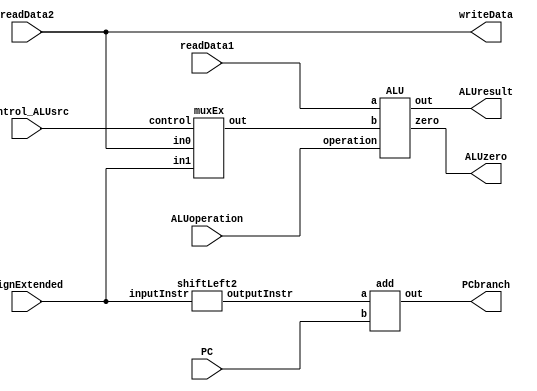
//EXECUTE
module execute(signExtended, readData1, readData2, PC, PCbranch, ALUzero, ALUresult, writeData, control_ALUsrc, ALUoperation); 
	input[63:0] signExtended; 
	input[63:0] readData1; 
	input[63:0] readData2;
	input[63:0]	PC;
	input[3:0] ALUoperation; 
	input control_ALUsrc; 
	output[63:0] PCbranch; 
	output[63:0] ALUresult; 
	output[63:0] writeData;
	output ALUzero; 
	wire[63:0] shifted; 
	wire [63:0] ALUin; 

	assign writeData = readData2; 

	shiftLeft2 shiftLeft(.inputInstr(signExtended), .outputInstr(shifted)); 
	add addPCbranch(.a(shifted), .b(PC), .out(PCbranch)); 
	muxEx muxALUsrc(.in0(readData2), .in1(signExtended), .control(control_ALUsrc), .out(ALUin)); 
	ALU alu(.a(readData1), .b(ALUin), .operation(ALUoperation), .out(ALUresult), .zero(ALUzero)); 
endmodule 

//SHIFT LEFT 2
module shiftLeft2(inputInstr, outputInstr); 
	input[63:0] inputInstr; 
	output reg[63:0] outputInstr; 
	
	always@(inputInstr) begin
		outputInstr = inputInstr <<2; 
	end 
endmodule

//ADDER voor PC 
module add(a,b,out);
	
	input [63:0] a; 
	input [63:0] b; 
	output [63:0] out;
	wire [63:0] out;
	
	assign out = a + b;
	
endmodule

//MUX
module muxEx(in0,in1,control,out);

	input[63:0] in0; 
	input[63:0] in1; 
	input control; 
	output reg[63:0] out; 
	
	always@(in0,in1,control, out) begin
		if(control == 0) begin
			out = in0; 
		end 
		else begin	
			out = in1; 
		end 
	end 
endmodule

//ALU 
module ALU(a, b, operation, out, zero);

	input [63:0] a; 
	input [63:0] b;
	input [3:0] operation;
	output zero;
	output [63:0] out;
	reg [63:0] out;
	reg zero;

	always @(a or b or operation) begin
		case (operation) // see P&H page 271
			4'b0000 : out = a & b; // and
			4'b0001 : out = a | b; // or
			4'b0010 : out = a + b; // add
			4'b0110 : out = a - b; // subtract
			4'b0111 : out = b; // pass input b
			4'b1100 : out = !(a | b); // nor
			default : out = 0; // WARNING: Raise EXEPTION for default case!!!
		endcase
		zero = (out == 32'b0);
	end
endmodule